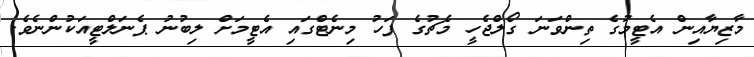
މާޒިޔާއިން އެޓީމުގެ ތިންވަނަ ގޯލްޖެހީ މެޗުގެ ފަހު މިނެޓްގައި އެޓީމަށް ލިބުނު ޕެނަލްޓީއަކުންނެވެ.